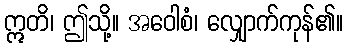
ဣတိ၊ ဤသို့။ အဝေါစံ၊ လျှောက်ကုန်၏။